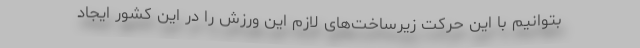
بتوانیم با این حرکت زیرساخت‌های لازم این ورزش را در این کشور ایجاد